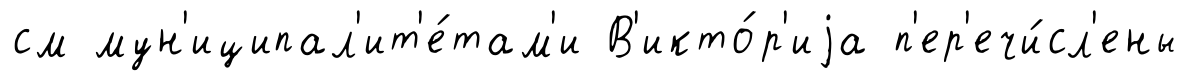
см мун'иципал'ит'е́там'и В'икто́р'иjа п'ер'ечи́сл'ены